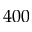
4 0 0